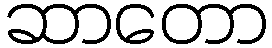
ဆာတော